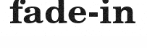
fade-in